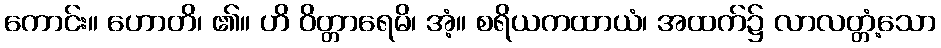
ကောင်း။ ဟောတိ၊ ၏။ ဟိ ဝိတ္တာရေမိ၊ အံ့။ စရိယကထာယံ၊ အထက်၌ လာလတ္တံ့သော